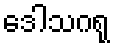
ဒေါသဂရု